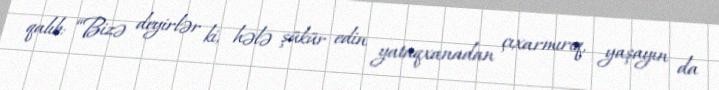
qalıb: “Bizə deyirlər ki, hələ şükür edin yataqxanadan çıxarmırıq, yaşayın da